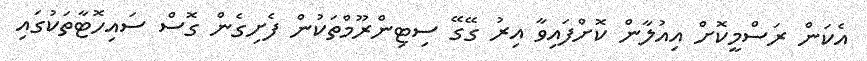
އެކަން ރަސްމީކޮށް އިއުލާން ކޮށްފައިވާ އިރު ގޭގޭ ސިޓިންރޫމްތަކުން ފެށިގެން ގޮސް ސައިހޮޓާތަކުގައި